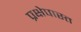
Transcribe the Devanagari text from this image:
प्रक्षेपास्त